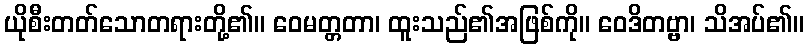
ယိုစီးတတ်သောတရားတို့၏။ ဝေမတ္တတာ၊ ထူးသည်၏အဖြစ်ကို။ ဝေဒိတဗ္ဗာ၊ သိအပ်၏။